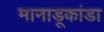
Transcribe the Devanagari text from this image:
मानाडूकांडा